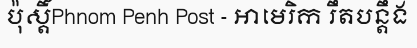
ប៉ុស្តិ៍Phnom Penh Post - អាមេរិក រឹតបន្តឹង